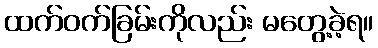
ထက်ဝက်ခြမ်းကိုလည်း မတွေ့ခဲ့ရ။